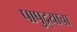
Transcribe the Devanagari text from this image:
पापुद्र्याचा